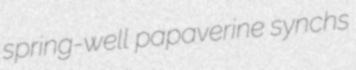
spring-well papaverine synchs